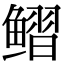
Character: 鳛